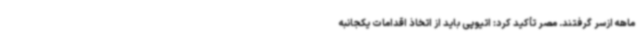
ماهه ازسر گرفتند. مصر تأکید کرد: اتیوپی باید از اتخاذ اقدامات یکجانبه